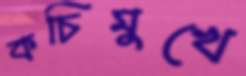
কচিমুখে